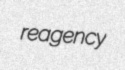
reagency